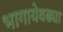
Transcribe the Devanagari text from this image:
भागायेवढ्या